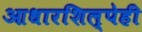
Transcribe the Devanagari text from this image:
आधारशिल्पेही